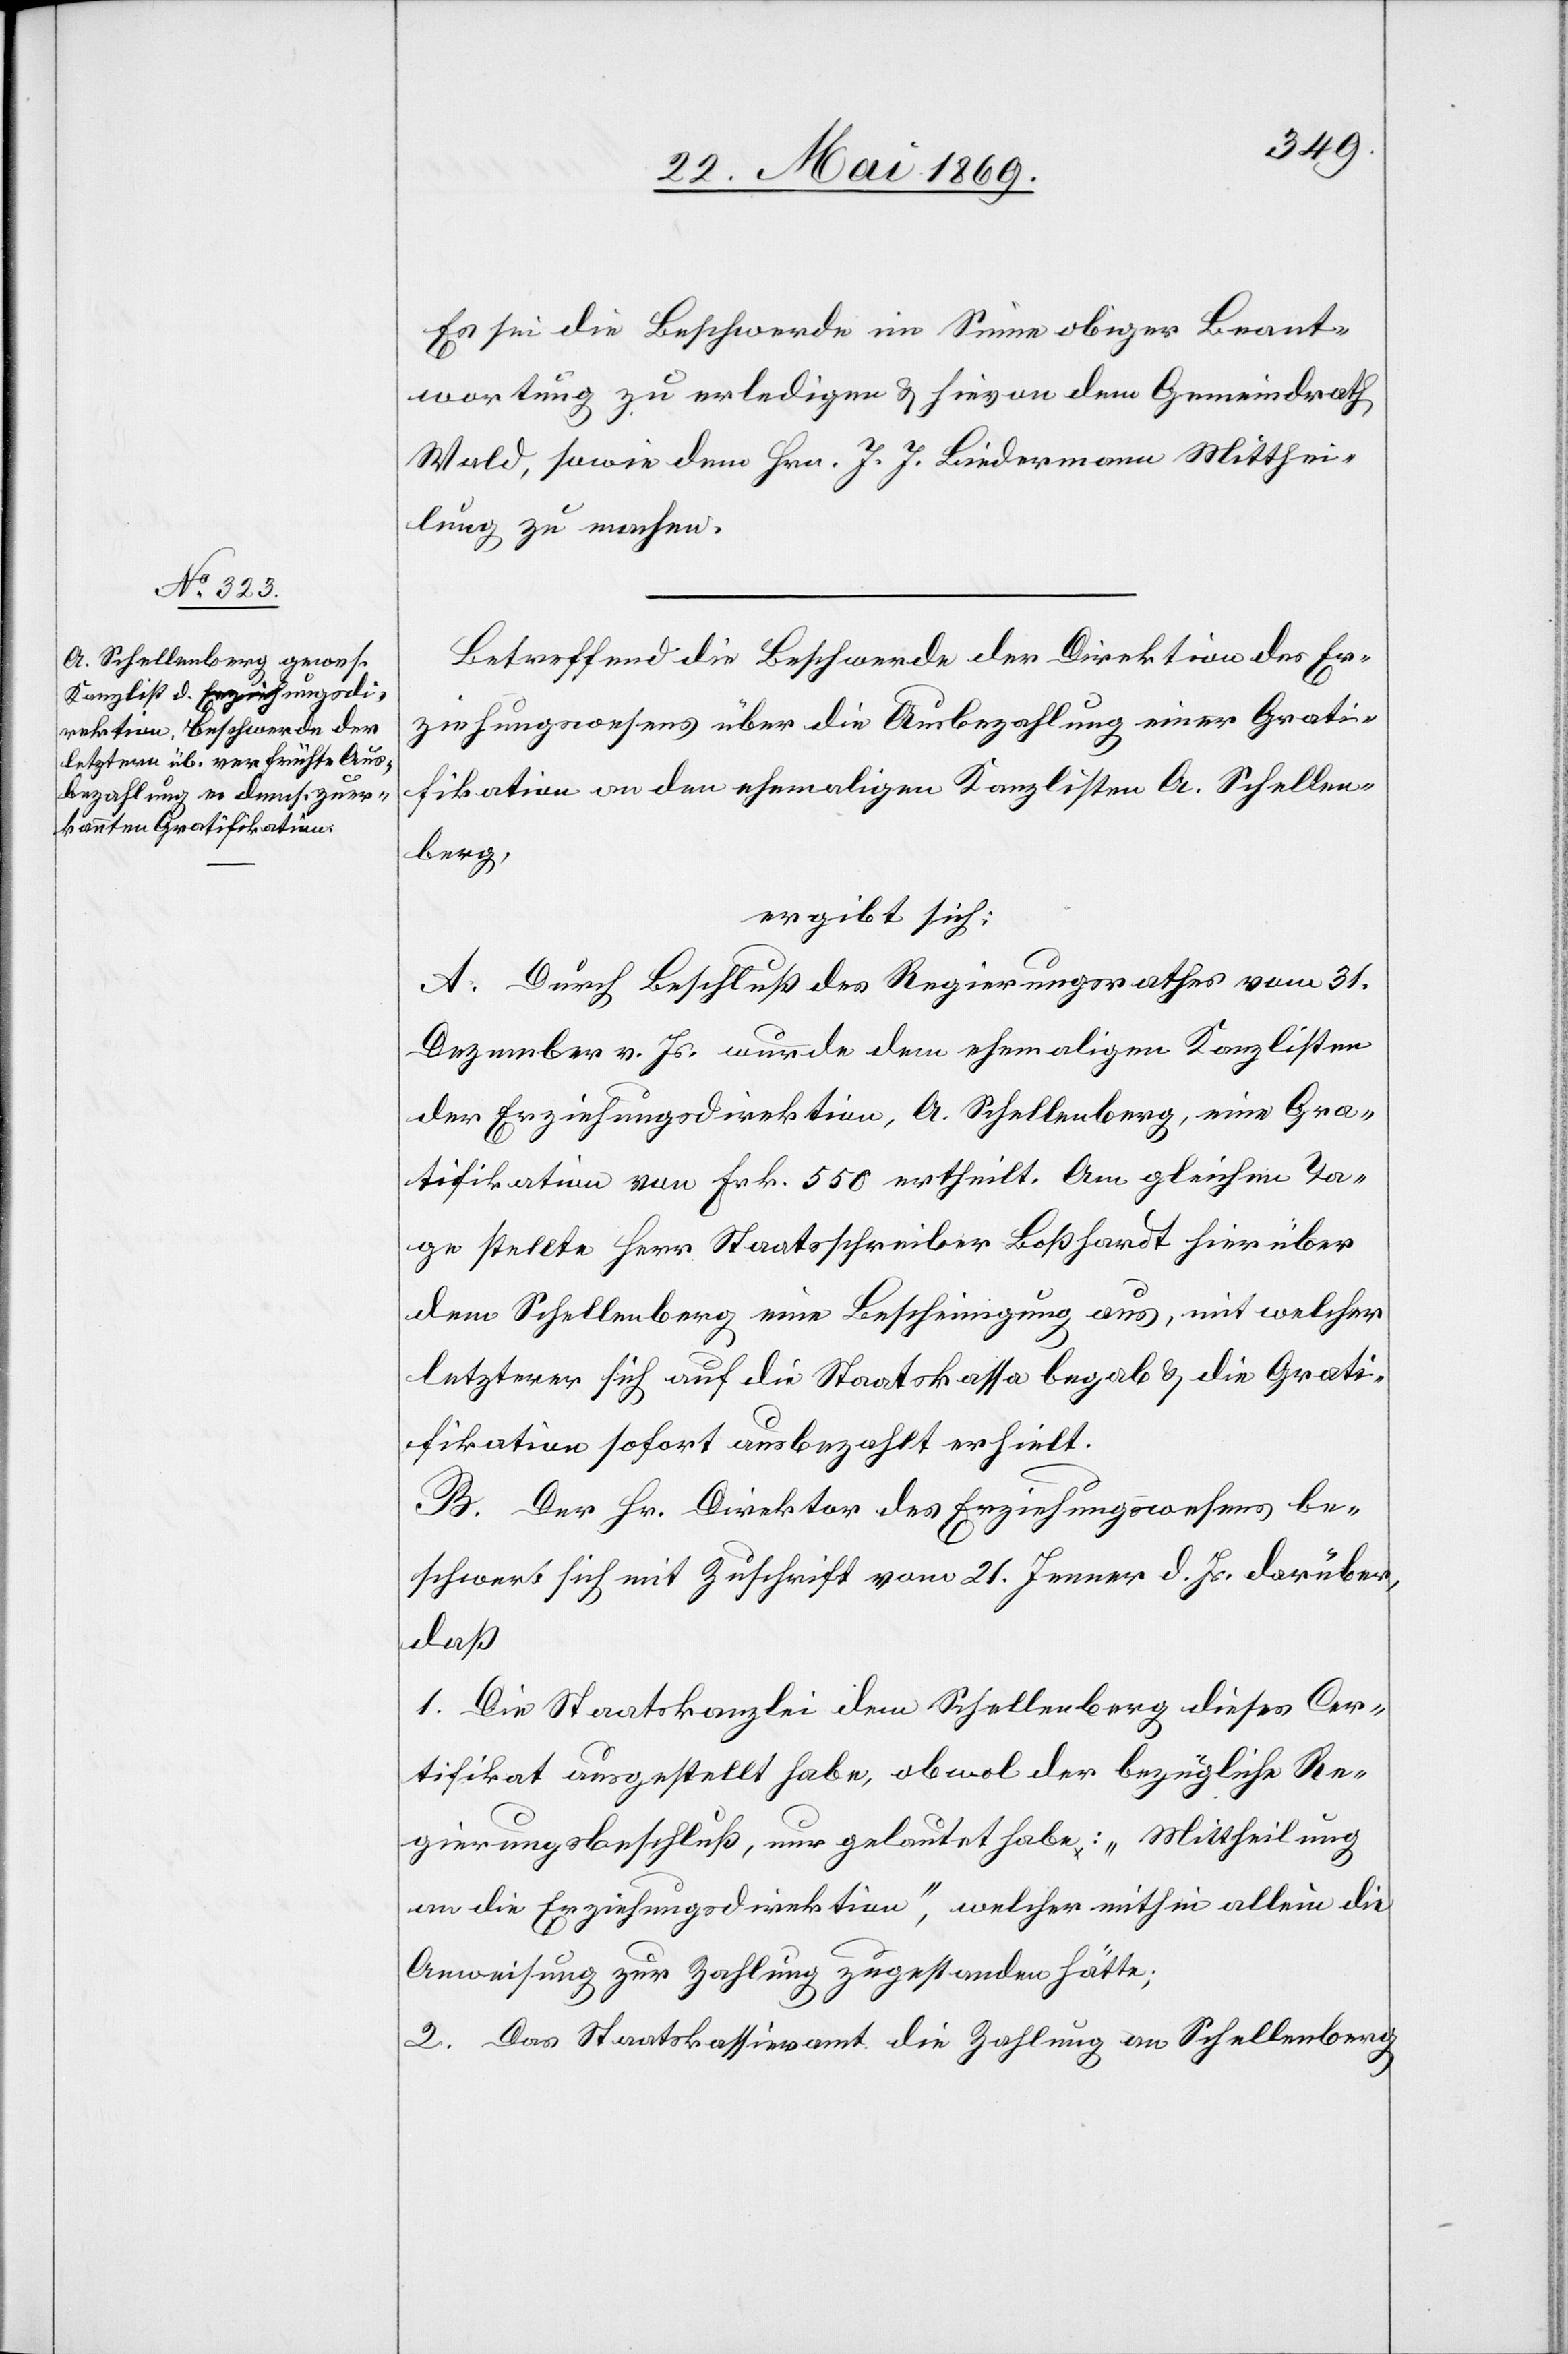
Es sei die Beschwerde im Sinne obiger Beant¬
wortung zu erledigen u. hievon dem Gemeindrath
Wald, sowie dem Hrn. J. J. Biedermann Mitthei¬
lung zu machen.
Betreffend die Beschwerde der Direktion des Er¬
ziehungswesens über die Ausbezahlung einer Grati¬
fikation an den ehemaligen Kanzlisten A. Schellen¬
berg,
ergibt sich:
A. Durch Beschluß des Regierungsrathes vom 31.
Dezember v. Js. wurde dem ehemaligen Kanzlisten
der Erziehungsdirektion, A. Schellenberg, eine Gra¬
tifikation von Frk. 550 ertheilt. Am gleichen Ta¬
ge stellte Herr Staatsschreiber Boßhardt hierüber
dem Schellenberg eine Bescheinigung aus, mit welcher
letzterer sich auf die Stadtkassa begab u. die Grati¬
fikation sofort ausbezahlt erhielt.
B. Der Hr. Direktor des Erziehungswesens be¬
schwert sich mit Zuschrift vom 21. Jenner d. Js. darüber,
daß
1. Die Staatskanzlei dem Schellenberg dieses Cer¬
tifikat ausgestellt habe, obwol der bezügliche Re¬
gierungsbeschluß, nur gelautet habe: „Mittheilung
an die Erziehungsdirektion“, welcher mithin allein die
Ausweisung zur Zahlung zugestanden hätte;
2. Das Staatskassieramt die Zahlung an Schellenberg